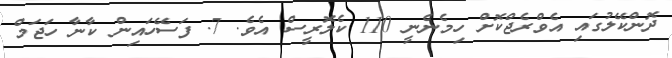
ދޮންކޭލުގައި އެވްރެޖްކޮށް ހިމެނެނީ 110 ކެލޮރީސް އެވެ. 7. ފަސޭހައިން ކާނާ ހަޖަމް